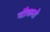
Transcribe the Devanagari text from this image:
नौकरो